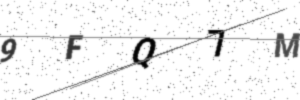
Text: 9FQ7M